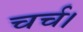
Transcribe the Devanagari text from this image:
चर्च।